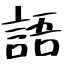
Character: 語